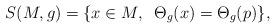
LaTeX: \begin{align*} S(M,g)=\{x\in M,\;\; \Theta_g(x) = \Theta_g(p)\},\end{align*}